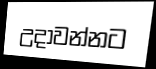
උදාවන්නට